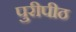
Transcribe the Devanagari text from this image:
पुरीपीठ